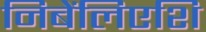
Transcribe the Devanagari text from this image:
निबेंलिएशि